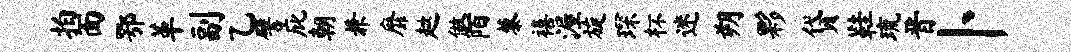
拍面鄂革副乙譬庇朝兼靡趑做陌藜禧渥旋琛杯迷朔夥贷鞋琉晋卜